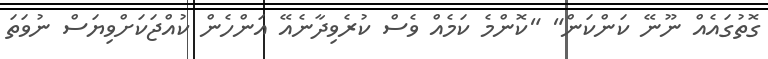
ގޮތުގައެއް ނޫނޭ ކަންކަން" "ކޮންމެ ކަމެއް ވެސް ކުރެވިދާނެއޭ އަންހެން ކުއްޖަކަށްވިޔަސް ނުވަތަ